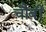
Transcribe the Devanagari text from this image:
चौबीं